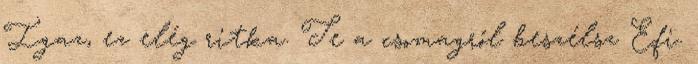
Igaz, ez elég ritka. Te a csomagról beszélsz Efi.